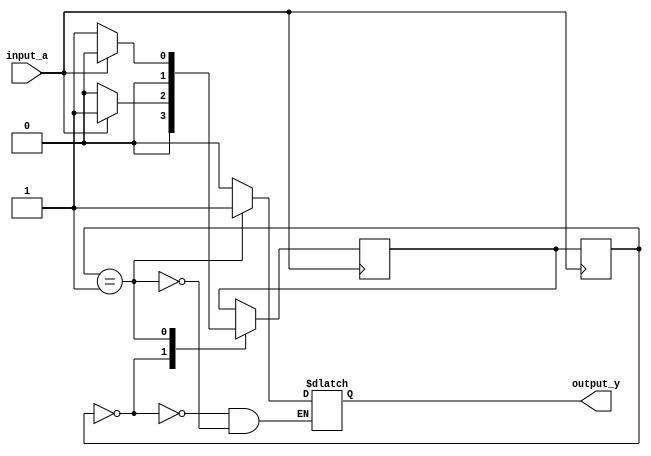
module fsm (
    input input_a,
    output reg output_y
);

// Define states
parameter StateA = 2'b00;
parameter StateB = 2'b01;

// State register
reg [1:0] state_reg, next_state;

// State transition logic
always @(posedge input_a) begin
    case (state_reg)
        StateA: begin
            // StateA logic
            if (input_a) begin
                next_state = StateB;
            end else begin
                next_state = StateA;
            end
        end
        StateB: begin
            // StateB logic
            if (input_a) begin
                next_state = StateA;
            end else begin
                next_state = StateB;
            end
        end
    endcase
end

// State register update
always @(posedge input_a) begin
    state_reg <= next_state;
end

// Output logic
always @* begin
    case (state_reg)
        StateA: output_y = 1'b0;
        StateB: output_y = 1'b1;
    endcase
end

endmodule